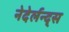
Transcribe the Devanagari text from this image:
नेदेर्लन्द्स